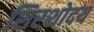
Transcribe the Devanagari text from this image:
शिरशोदय